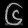
Digit: ၆